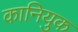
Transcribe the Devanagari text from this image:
कानियुक